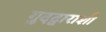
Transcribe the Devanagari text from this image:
गुदद्वाराशी